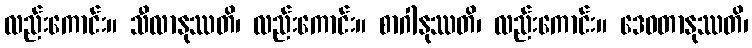
လည်းကောင်း။ သီလာနုဿတိ၊ လည်းကောင်း။ စာဂါနုဿတိ၊ လည်းကောင်း။ ဒေဝတာနုဿတိ၊